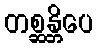
တစ္ဆန္တိပေ